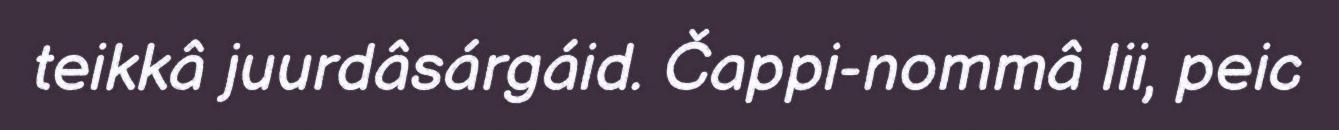
teikkâ juurdâsárgáid. Čappi-nommâ lii, peic